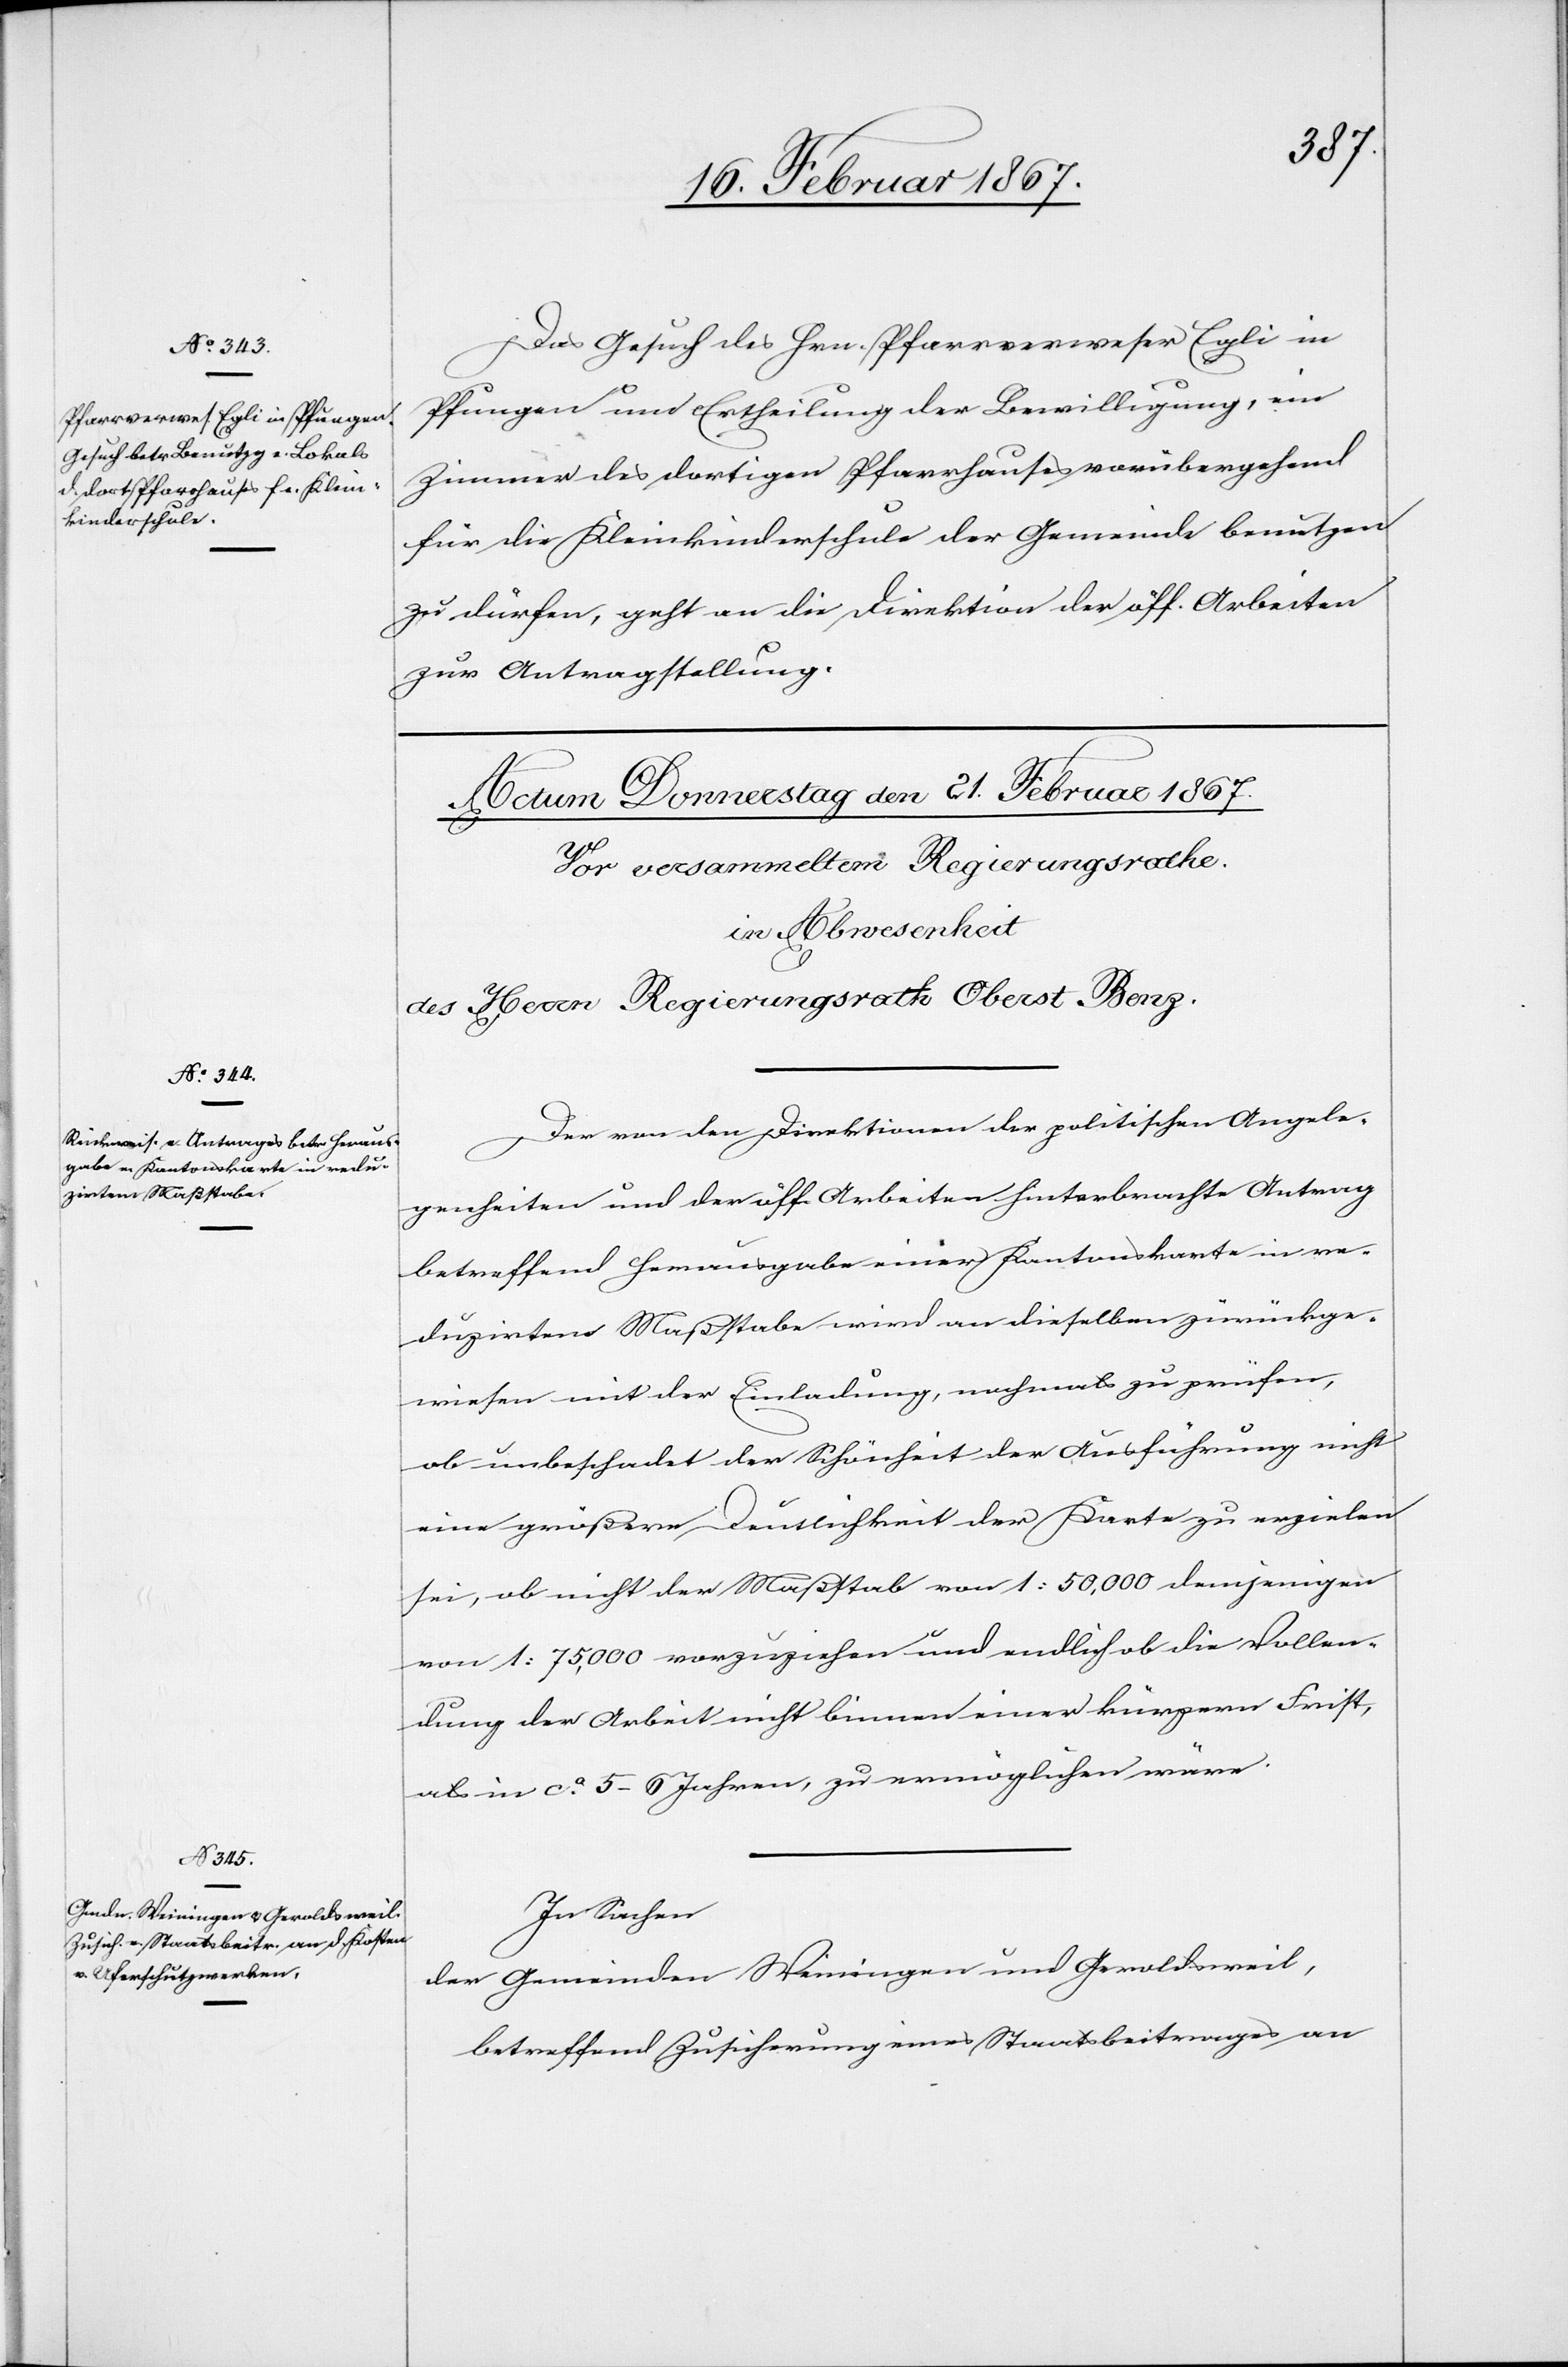
20. Februar 1867.]
Das Gesuch des Hrn. Pfarrverweser Egli in
Pfungen um Ertheilung der Bewilligung, ein
Zimmer des dortigen Pfarrhauses vorübergehend
für die Kleinkinderschule der Gemeinde benutzen
zu dürfen, geht an die Direktion der öff. Arbeiten
zur Antragstellung.
Der von den Direktionen der politischen Angele¬
genheiten und der öff. Arbeiten hinterbrachte Antrag
betreffend Herausgabe einer Kantonskarte in re¬
duzirtem Maßstabe wird an dieselben zurückge¬
wiesen mit der Einladung, nochmals zu prüfen,
ob unbeschadet der Schönheit der Ausführung nicht
eine größere Deutlichkeit der Karte zu erzielen
sei, ob nicht der Maßstab von 1:50,000 demjenigen
von 1:75,000 vorzuziehen und endlich ob die Vollen¬
dung der Arbeit nicht binnen einer kürzern First,
als in ca. 5–6 Jahren, zu ermöglichen wäre.
In Sachen
der Gemeinden Weiningen und Geroldsweil,
betreffend Zusicherung eines Staatsbeitrages an